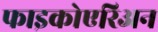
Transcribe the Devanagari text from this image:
फाइकोएरिअन